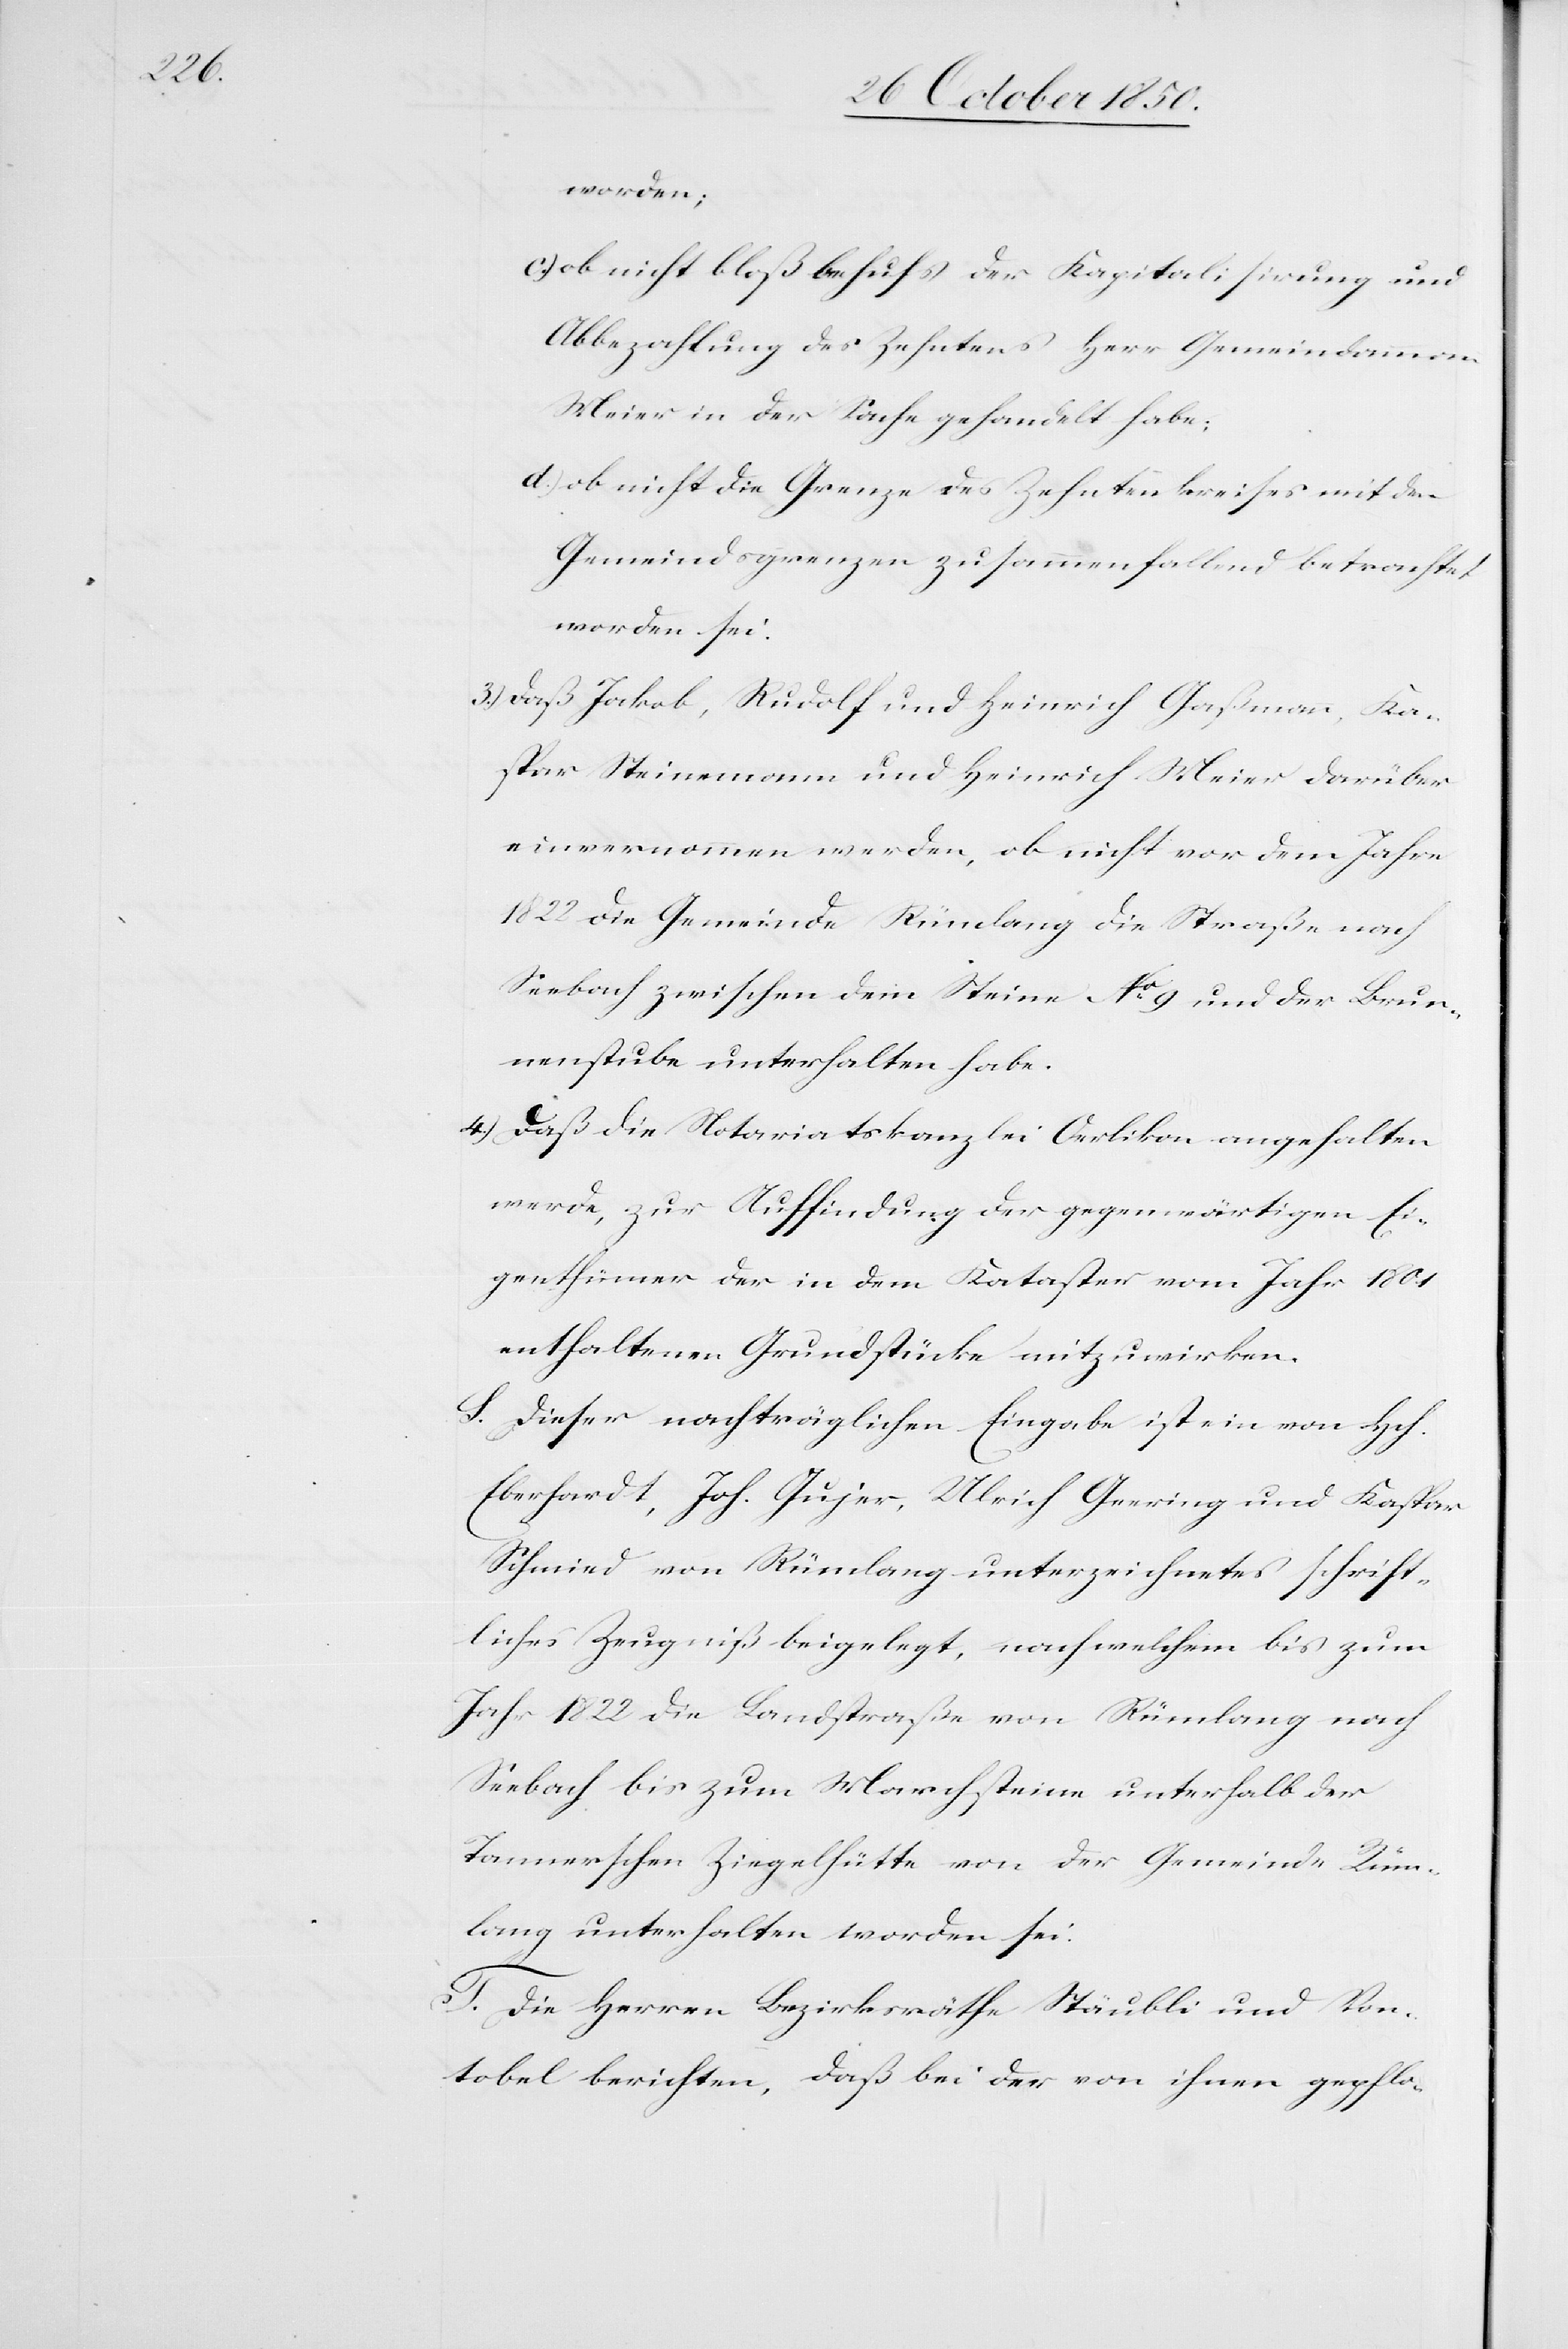
worden;
c.) ob nicht bloß behufs der Kapitalisirung und
Abbezahlung des Zehntens Herr Gemeindamman
Meier in der Sache gehandelt habe,
d.) ob nicht die Grenze des Zehntenkreises mit den
Gemeindsgrenzen zusammenfallend betrachtet
worden sei.
3.) Daß Jakob, Rudolf und Heinrich Gaßmann, Ka¬
spar Steinemann und Heinrich Meier darüber
einvernommen werden, ob nicht vor dem Jahre
1822 die Gemeinde Rümlang die Straße nach
Seebach zwischen dem Steine No 9 und der Brun¬
nenstube unterhalten habe.
4.) Daß die Notariatskanzlei Oerlikon angehalten
werde, zur Auffindung der gegenwärtigen Ei¬
genthümer der in dem Kataster vom Jahr 1801
enthaltenen Grundstücke mitzuwirken.
S. Dieser nachträglichen Eingabe ist ein von Hch.
Eberhardt, Joh. Gujer, Ulrich Geering und Kaspar
Schmied von Rümlang unterzeichnetes schrift¬
liches Zeugniß beigelegt, nach welchem bis zum
Jahr 1822 die Landstraße von Rümlang nach
Seebach bis zum Marchsteine unterhalb der
Tannerschen Ziegelhütte von der Gemeinde Rüm¬
lang unterhalten worden sei.
T. Die Herren Bezirksräthe Stäubli und Von¬
tobel berichten, daß bei der von ihnen gepflo-